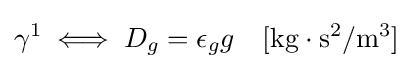
\gamma ^{1}\iff D_{g}=\epsilon _{g}g\quad \mathrm {[kg\cdot s^{2}/m^{3}]}